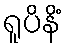
ရူပိနိံ